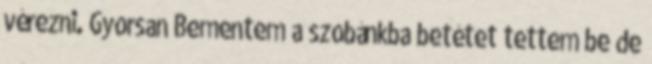
vérezni. Gyorsan Bementem a szobánkba betétet tettem be de